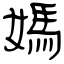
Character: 媽